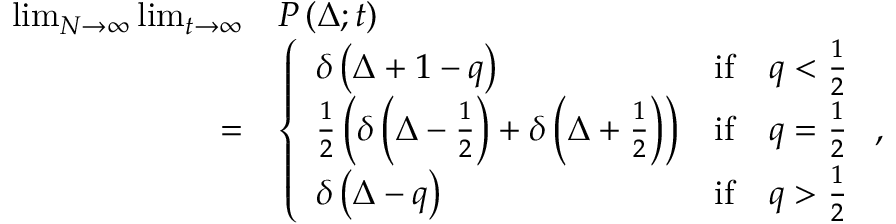
\begin{array} { r l } { \operatorname* { l i m } _ { N \to \infty } \operatorname* { l i m } _ { t \to \infty } } & { P \left( \Delta ; t \right) } \\ { = } & { \left\{ \begin{array} { l c c } { \delta \left( \Delta + 1 - q \right) } & { \mathrm { i f } } & { q < \frac { 1 } { 2 } } \\ { \frac { 1 } { 2 } \left( \delta \left( \Delta - \frac { 1 } { 2 } \right) + \delta \left( \Delta + \frac { 1 } { 2 } \right) \right) } & { \mathrm { i f } } & { q = \frac { 1 } { 2 } } \\ { \delta \left( \Delta - q \right) } & { \mathrm { i f } } & { q > \frac { 1 } { 2 } } \end{array} \right. , } \end{array}